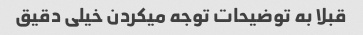
قبلا به توضیحات توجه میکردن خیلی دقیق